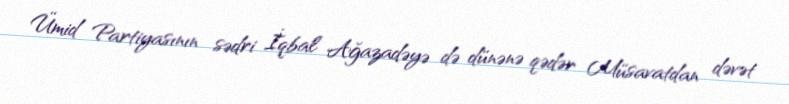
Ümid Partiyasının sədri İqbal Ağazadəyə də dünənə qədər Müsavatdan dəvət